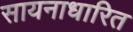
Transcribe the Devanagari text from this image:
सायनाधारित